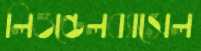
লিওন্ডেলব্যাসেল